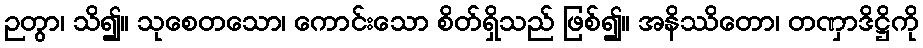
ဉတွာ၊ သိ၍။ သုစေတသော၊ ကောင်းသော စိတ်ရှိသည် ဖြစ်၍။ အနိဿိတော၊ တဏှာဒိဋ္ဌိကို